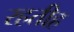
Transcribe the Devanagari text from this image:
रहतीह